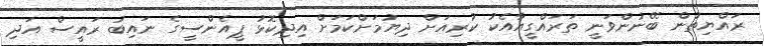
ރައްޔިތުން ބޭނުންވަނީ ތަރައްގީއާއެކު ކުރިއަަށް ދިޔުމަށްކަމަށް އިދިކޮޅު ޕީއެންސީގެ ނައިބު ރައީސް އަދި